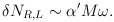
\begin{align*}\delta N_{R,L} \sim \alpha' M\omega.\end{align*}